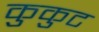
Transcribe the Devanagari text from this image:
कुकुट